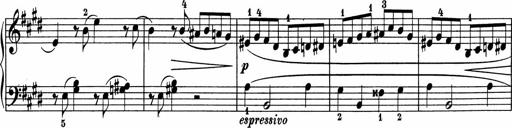
Title: 5 Sonatinen fÃ¼r die Jugend
Composer: Carl Reinecke